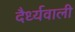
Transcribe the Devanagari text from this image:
दैर्ध्यवाली